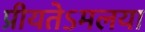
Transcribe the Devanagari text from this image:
प्रीयतेऽमलया